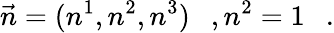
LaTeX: \vec{n}=(n^{1},n^{2},n^{3})~~~,n^{2}=1~~~.